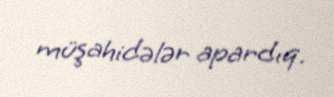
müşahidələr apardıq.